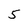
Character: 5